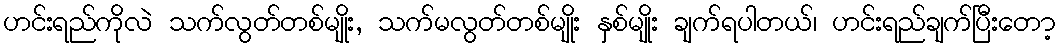
ဟင်းရည်ကိုလဲ သက်လွတ်တစ်မျိုး, သက်မလွတ်တစ်မျိုး နှစ်မျိုး ချက်ရပါတယ်၊ ဟင်းရည်ချက်ပြီးတော့